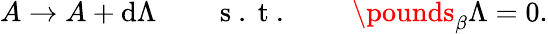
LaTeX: A\to A+\mathrm{d}\Lambda\qquad\mathrm{~s~.~t~.~}\qquad\pounds_{\beta}\Lambda=0.